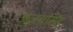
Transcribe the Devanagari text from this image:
अजयसिंह